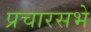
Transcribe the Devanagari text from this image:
प्रचारसभे